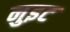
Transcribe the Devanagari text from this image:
नुइट